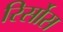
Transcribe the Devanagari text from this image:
रिर्सोस